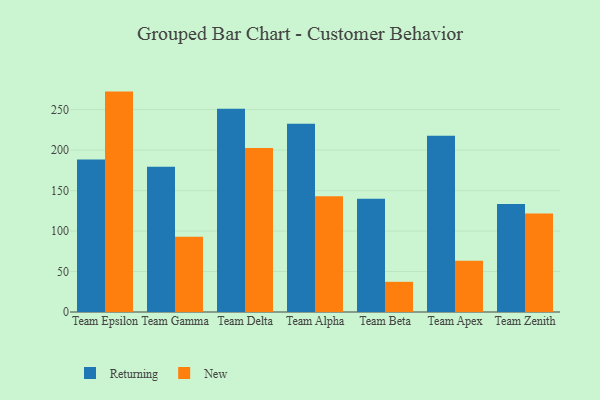
{"axis": {"x": "Team", "y": "Operating Costs (USD K)"}, "legend": ["New", "Returning"], "data": [{"x": "Team Epsilon", "y": 188.4, "type": "Returning"}, {"x": "Team Epsilon", "y": 272.3, "type": "New"}, {"x": "Team Gamma", "y": 179.4, "type": "Returning"}, {"x": "Team Gamma", "y": 93.0, "type": "New"}, {"x": "Team Delta", "y": 251.2, "type": "Returning"}, {"x": "Team Delta", "y": 202.5, "type": "New"}, {"x": "Team Alpha", "y": 232.6, "type": "Returning"}, {"x": "Team Alpha", "y": 143.0, "type": "New"}, {"x": "Team Beta", "y": 139.8, "type": "Returning"}, {"x": "Team Beta", "y": 37.3, "type": "New"}, {"x": "Team Apex", "y": 217.7, "type": "Returning"}, {"x": "Team Apex", "y": 63.4, "type": "New"}, {"x": "Team Zenith", "y": 133.4, "type": "Returning"}, {"x": "Team Zenith", "y": 121.8, "type": "New"}]}